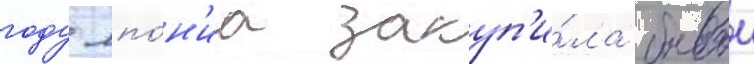
году япо́н'иа закуп'и́ла боевои